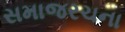
સમાજરચના